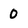
Character: 0